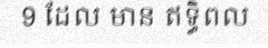
9 ដែល មាន ឥទ្ធិពល